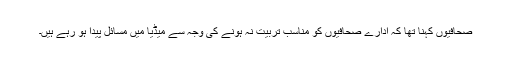
صحافیوں کہنا تھا کہ ادارے صحافیوں کو مناسب تربیت نہ ہونے کی وجہ سے میڈیا میں مسائل پیدا ہو رہے ہیں۔